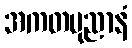
အကတပုညာနံ